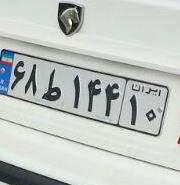
۶۸ط۱۴۴۱۰